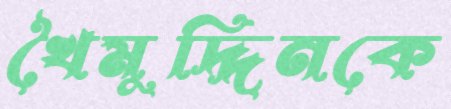
খৈমুদ্দিনকে